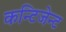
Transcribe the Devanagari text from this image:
कन्टिजेन्ट